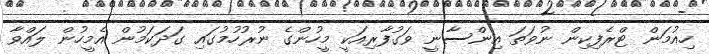
ހިއުމަން ޓްރެފިކިން ނުވަތަ އިންސާނީ ވަގުފާރިއަކީ މީހުންގެ ނުރުހުމުގައި ގަދަކަމުން އެމީހުން ލައްވާ